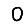
Digit: 0